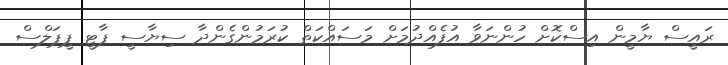
ރައީސް ޔާމީން އިސްކޮށް ހުންނަވާ އުފެއްދުމަށް މަސައްކަތް ކުރަމުންގެންދާ ސިޔާސީ ޕާޓީ ޕީޕަލްސް